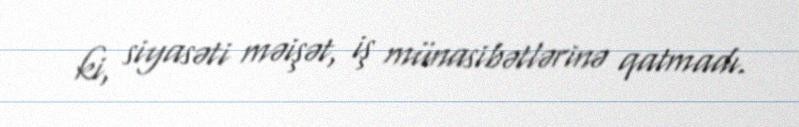
ki, siyasəti məişət, iş münasibətlərinə qatmadı.